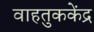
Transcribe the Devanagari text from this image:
वाहतुककेंद्र